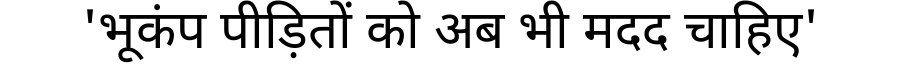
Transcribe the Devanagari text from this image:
'भूकंप पीड़ितों को अब भी मदद चाहिए'